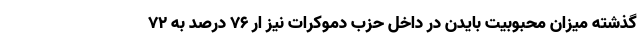
گذشته میزان محبوبیت بایدن در داخل حزب دموکرات نیز ار ۷۶ درصد به ۷۲